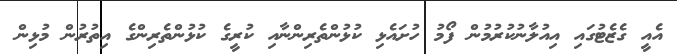
އެއީ ގެޒެޓުގައި އިއުލާނުކުރުމުން ފޯމު ހުށައެޅިި ކުޅުންތެރިންނާއި ކުރީގެ ކުޅުންތެރިންގެ އިތުރުން މުޅިން